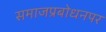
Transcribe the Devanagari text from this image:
समाजप्रबोधनपर